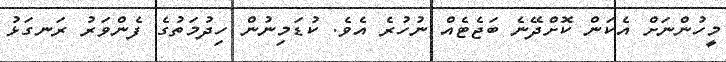
މީހުންނަށް އެކަން ކޮށްދޭނެ ބަޖެޓެއް ނުހުރެ އެވެ. ކުޑަމިނުން ހިދުމަތުގެ ފެންވަރު ރަނގަޅު